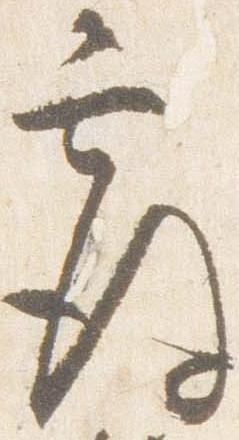
覆